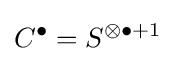
C^{\bullet }=S^{\otimes \bullet +1}